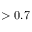
> 0 . 7